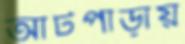
আটপাড়ায়